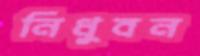
নিধুবন